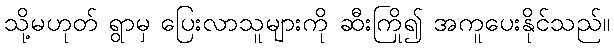
သို့မဟုတ် ရွာမှ ပြေးလာသူများကို ဆီးကြို၍ အကူပေးနိုင်သည်။